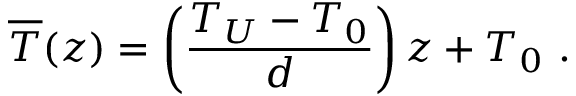
\overline { { T } } ( z ) = \left( \frac { T _ { U } - T _ { 0 } } { d } \right) z + T _ { 0 } ~ .